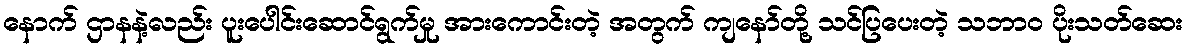
နောက် ဌာနနဲ့လည်း ပူးပေါင်းဆောင်ရွက်မှု အားကောင်းတဲ့ အတွက် ကျနော်တို့ သင်ပြပေးတဲ့ သဘာ၀ ပိုးသတ်ဆေး